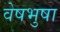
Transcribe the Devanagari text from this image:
वेषभुषा